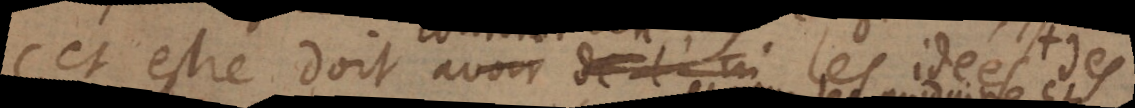
cet estre doit avoir les idées des